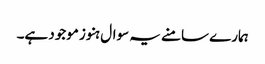
ہمارے سامنے یہ سوال ہنوز موجود ہے۔